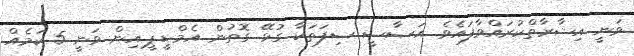
ވަނީ އިޝާރާތްކުރައްވާފައެވެ. އަސާސީ ސިފަތަކާ ގުޅޭ ގޮތުން އެމް.ޑީ.ޕީ.އިން ވަނީ 5 ކަމެއް